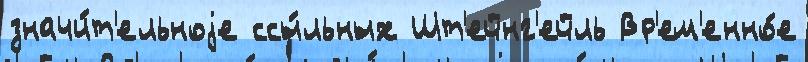
значи́т'ельноjе ссы́льных Шт'ейнг'ейль Вр'ем'енно́е